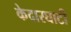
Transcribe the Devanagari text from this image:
केदारघाटी